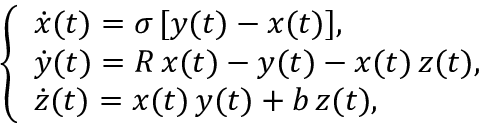
\left\{ \begin{array} { l } { \dot { x } ( t ) = \sigma \, [ y ( t ) - x ( t ) ] , } \\ { \dot { y } ( t ) = R \, x ( t ) - y ( t ) - x ( t ) \, z ( t ) , } \\ { \dot { z } ( t ) = x ( t ) \, y ( t ) + b \, z ( t ) , } \end{array} \right.